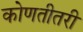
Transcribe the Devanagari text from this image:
कोणतीतरी